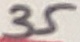
Text: 35